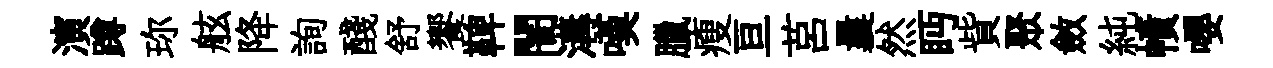
演蹲珎舷降詢醆舒饗鞞闇溝嘆臘瘦亘莒曩然眄貲聚斂純幘嚶